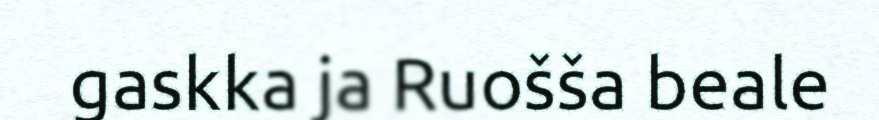
gaskka ja Ruošša beale